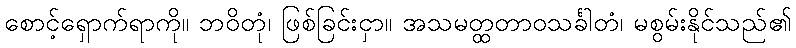
စောင့်ရှောက်ရာကို။ ဘဝိတုံ၊ ဖြစ်ခြင်းငှာ။ အသမတ္ထတာဝသင်္ခါတံ၊ မစွမ်းနိုင်သည်၏